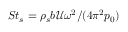
S t _ { s } = { \rho _ { s } b \mathcal { U } } \omega ^ { 2 } / ( 4 \pi ^ { 2 } p _ { 0 } )